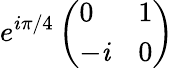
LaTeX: e^{i\pi/4}\left(\begin{array}{ll}{0}&{1}\\ {-\mathit{i}}&{0}\end{array}\right)